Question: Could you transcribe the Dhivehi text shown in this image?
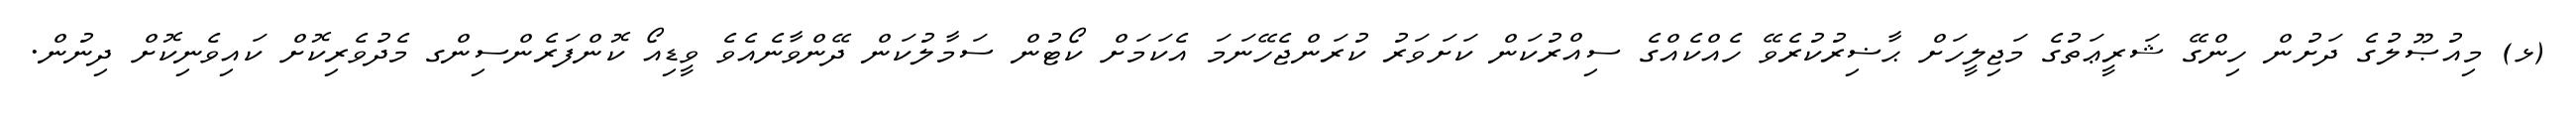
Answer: (ޅ) މިއުޞޫލުގެ ދަށުން ހިންގޭ ޝަރީޢަތުގެ މަޖިލީހަށް ޙާޟިރުކުރެވޭ ހެއްކެއްގެ ސިއްރުކަން ކަށަވަރު ކުރަންޖެހޭނަމަ އެކަމަށް ކޯޓުން ސަމާލުކަން ދޭންވާނެއެވެ ވީޑިއޯ ކޮންފަރެންސިންގ މެދުވެރިކޮށް ކައިވެނިކޮށް ދިނުން.